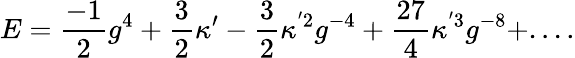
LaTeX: E={\frac{-1}{2}}g^{4}+{\frac{3}{2}}\kappa^{\prime}-{\frac{3}{2}}\kappa^{'2}g^{-4}+{\frac{27}{4}}\kappa^{'3}g^{-8}+....